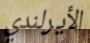
الأيرلندي